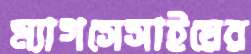
ম্যাগসেসাইয়ের